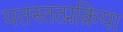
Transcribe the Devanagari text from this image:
यतस्तत्प्रक्रिया